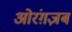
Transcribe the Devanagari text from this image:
ओरंग़ज़ब